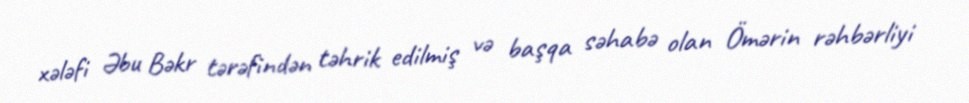
xələfi Əbu Bəkr tərəfindən təhrik edilmiş və başqa səhabə olan Ömərin rəhbərliyi